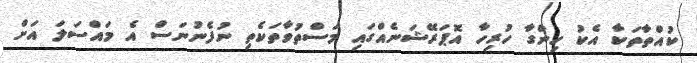
ކުއްތާތަކާ އެކު ހިންގާ ހުރިހާ އޮޕަރޭޝަނެއްގައި މަސްތުވާތަކެތި ނުފެނުނަސް އެ މައްސަލަ އަށް